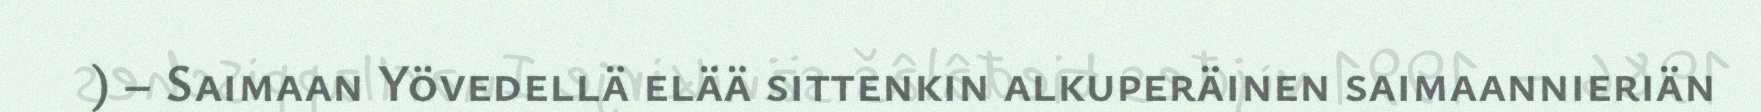
) – Saimaan Yövedellä elää sittenkin alkuperäinen saimaannieriän